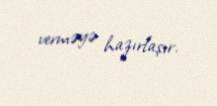
verməyə hazırlaşır.